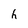
Character: h